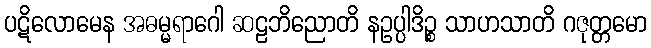
ပဋိလောမေန အဓမ္မရာဂေါ ဆဠဘိညောတိ နဥပ္ပါဒိဉ္စ သာဟသာတိ ဂဇုတ္တမော